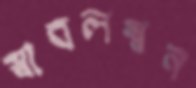
স্বাবলম্বন